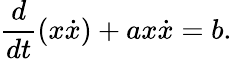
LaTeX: \frac{d}{dt}(x\dot{x})+ax\dot{x}=b.